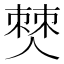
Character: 僰